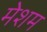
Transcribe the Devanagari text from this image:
मेशम